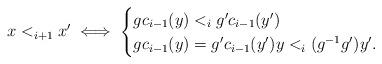
LaTeX: \begin{align*}x <_{i+1} x' \iff \begin{cases}gc_{i-1}(y) <_{i} g'c_{i-1}(y') \\gc_{i-1}(y)=g'c_{i-1}(y') y <_{i} (g^{-1}g')y'.\end{cases}\end{align*}